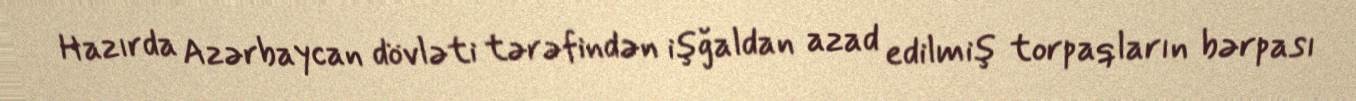
Hazırda Azərbaycan dövləti tərəfindən işğaldan azad edilmiş torpaqların bərpası